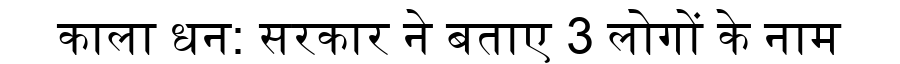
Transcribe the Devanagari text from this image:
काला धन: सरकार ने बताए 3 लोगों के नाम